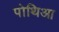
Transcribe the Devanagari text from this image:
पोथिआ